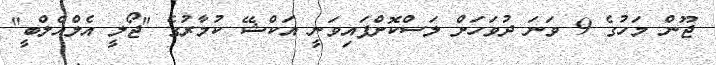
ޖޫން މަހުގެ 9 ވަނަ ދުވަހަށް ލަސްކޮށްފައިވަނީ އަކްޝޭ ކުމާރުގެ "ޖޯލީ އެލްއެލްބީ"